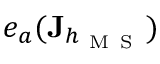
e _ { a } ( \mathbf { J } _ { h _ { \mathrm { ~ M ~ S ~ } } } )